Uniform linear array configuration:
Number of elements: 12
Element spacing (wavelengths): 0.75
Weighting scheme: binomial
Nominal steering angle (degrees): -30
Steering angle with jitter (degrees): -28.706
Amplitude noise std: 0.05
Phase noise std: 0.05

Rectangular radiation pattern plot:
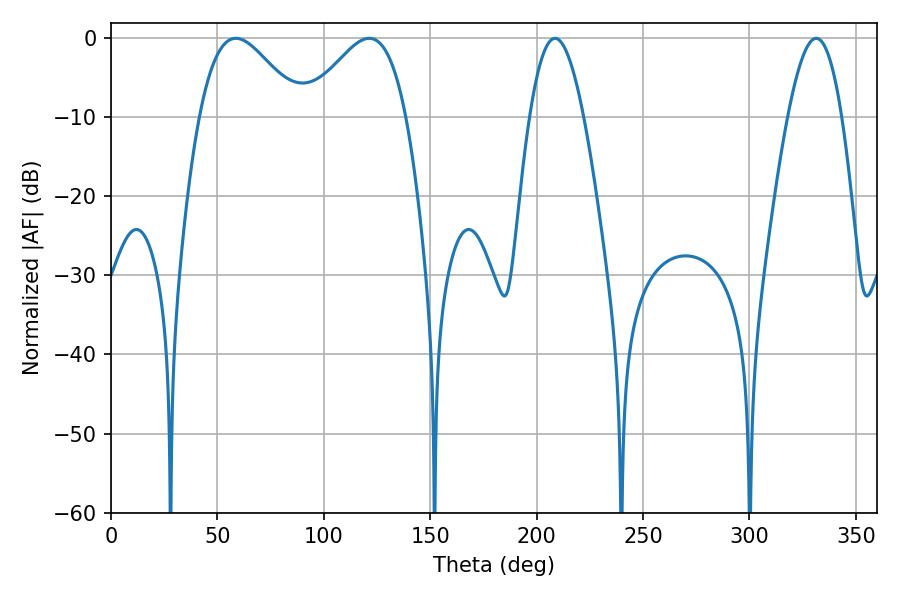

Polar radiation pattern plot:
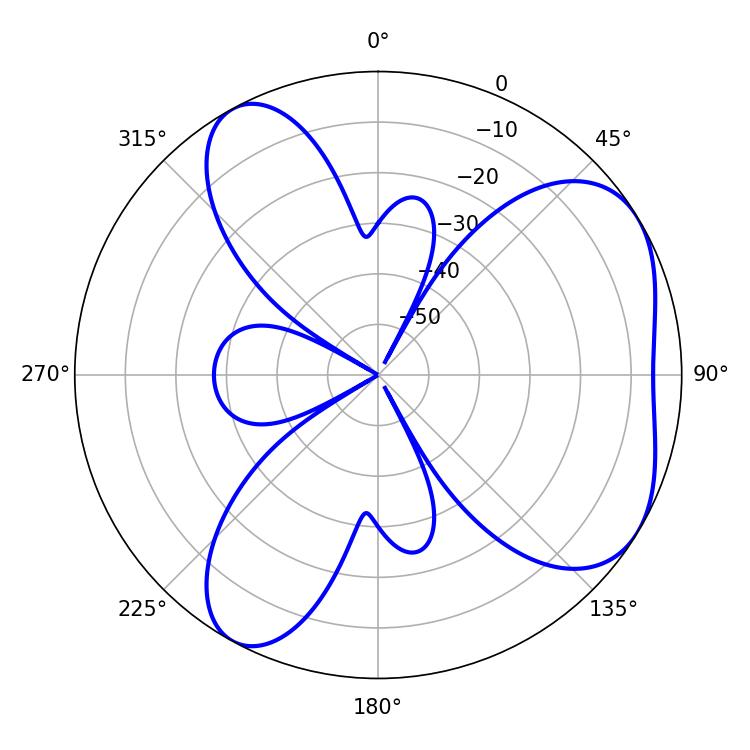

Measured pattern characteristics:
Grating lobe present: TRUE
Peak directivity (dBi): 5.182
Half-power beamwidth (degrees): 25.38
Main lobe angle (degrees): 58.68